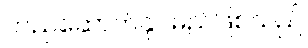
တည်ဆောက်နိုင်မည်ဖြစ်သည်